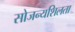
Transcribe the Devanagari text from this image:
सोजन्यशिलता